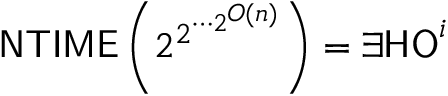
{ \mathsf { N T I M E } } \left( 2 ^ { 2 ^ { \cdots { 2 ^ { O ( n ) } } } } \right) = \exists { } { \mathsf { H O } } ^ { i }